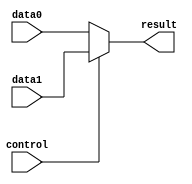
module mux_2to1 (
    input wire data0,
    input wire data1,
    input wire control,
    output wire result
);

assign result = control ? data1 : data0;

endmodule